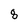
Character: 8